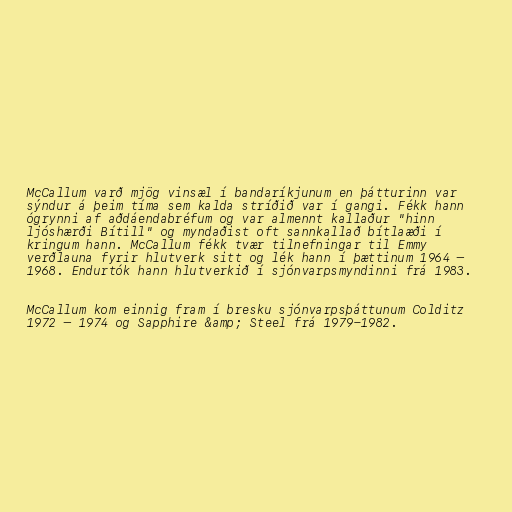
McCallum varð mjög vinsæl í bandaríkjunum en þátturinn var
sýndur á þeim tíma sem kalda stríðið var í gangi. Fékk hann
ógrynni af aðdáendabréfum og var almennt kallaður "hinn
ljóshærði Bítill" og myndaðist oft sannkallað bítlaæði í
kringum hann. McCallum fékk tvær tilnefningar til Emmy
verðlauna fyrir hlutverk sitt og lék hann í þættinum 1964 –
1968. Endurtók hann hlutverkið í sjónvarpsmyndinni frá 1983.

McCallum kom einnig fram í bresku sjónvarpsþáttunum Colditz
1972 – 1974 og Sapphire &amp; Steel frá 1979-1982.